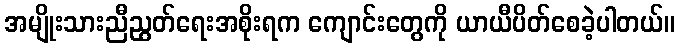
အမျိုးသားညီညွတ်ရေးအစိုးရက ကျောင်းတွေကို ယာယီပိတ်စေခဲ့ပါတယ်။